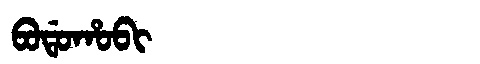
Manchu: ᠪᠣᡩᠣᡥᠣᠪᡳ
Romanization: BODOHOBI